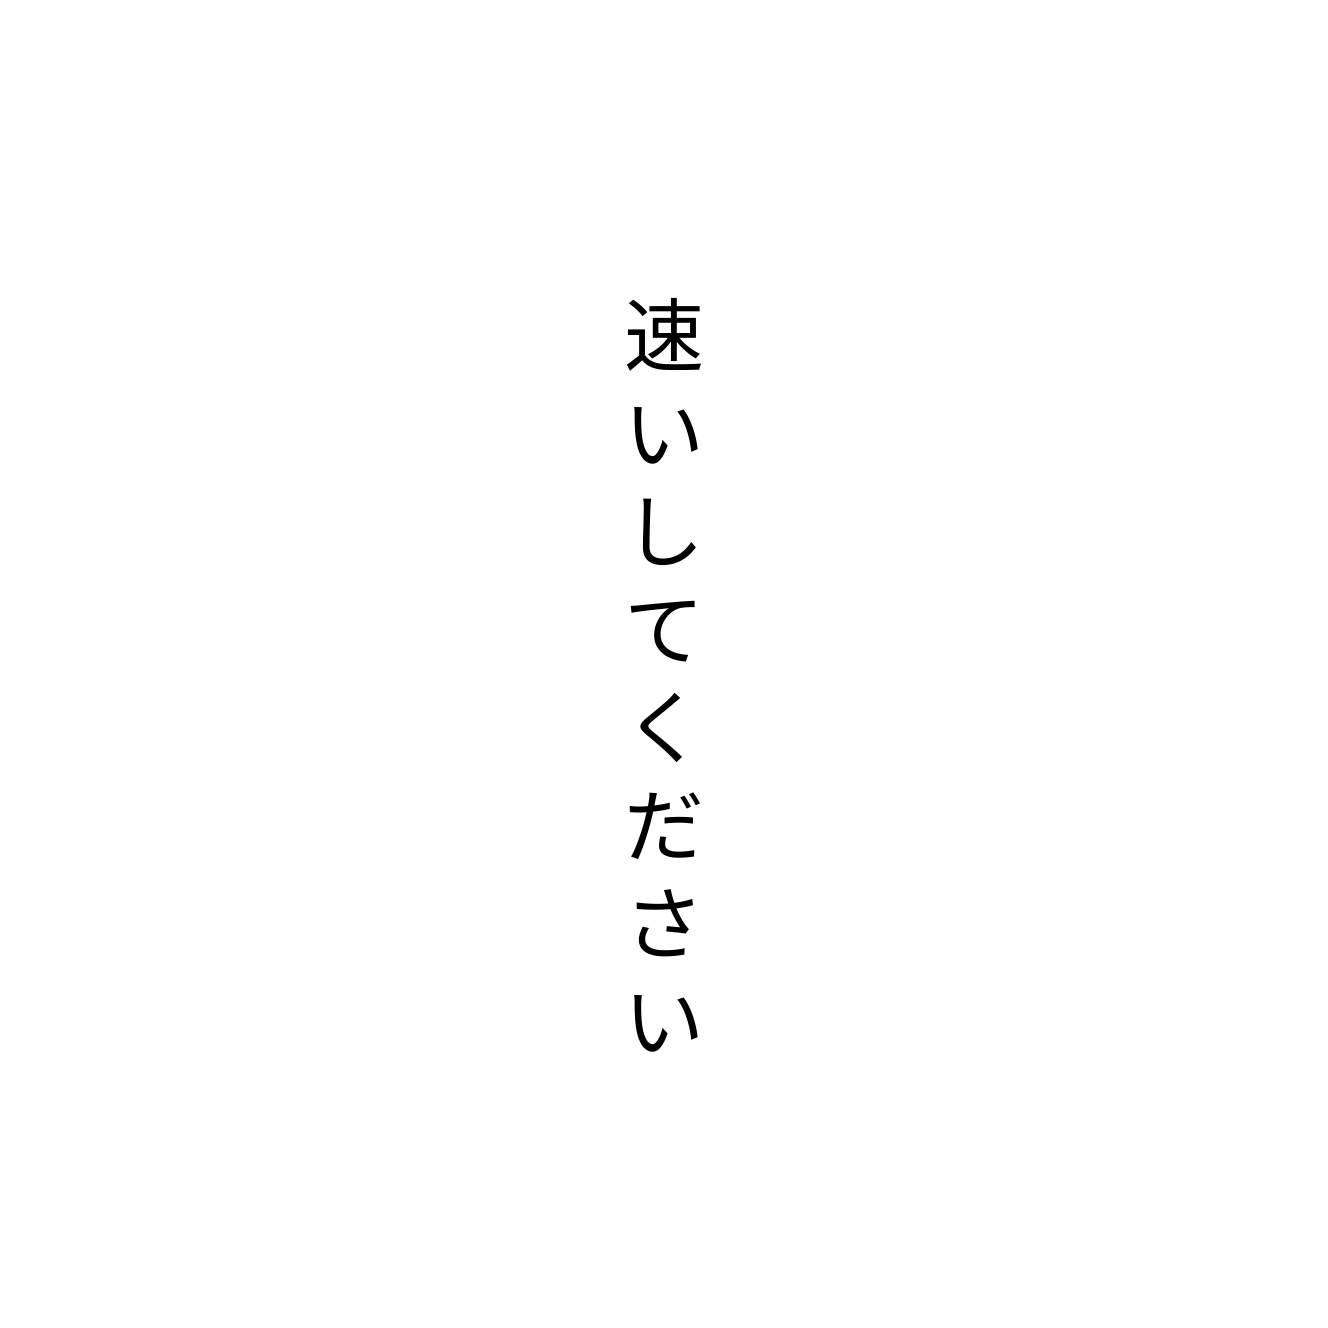
速いしてください